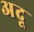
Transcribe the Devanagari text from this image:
अदू